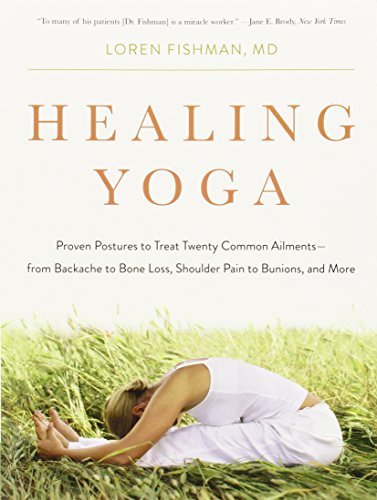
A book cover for Healing Yoga: Proven Postures to Treat Twenty Common AilmentsEEfrom Backache to Bone Loss, Shoulder Pain to Bunions, and More; Loren Fishman; Health, Fitness & Dieting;